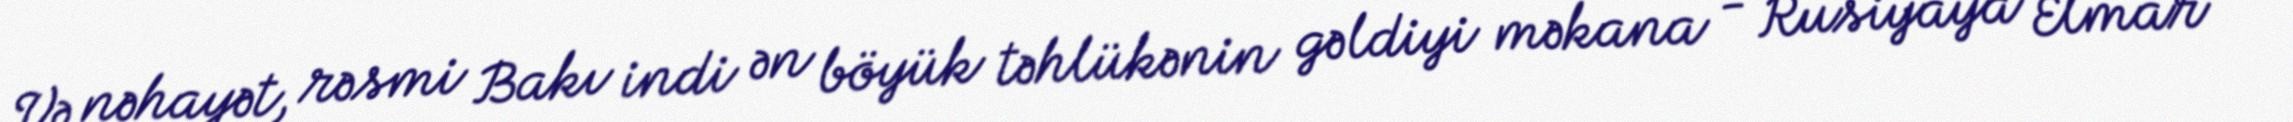
Və nəhayət, rəsmi Bakı indi ən böyük təhlükənin gəldiyi məkana - Rusiyaya Elmar